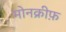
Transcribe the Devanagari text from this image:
मोनक्रीफ़